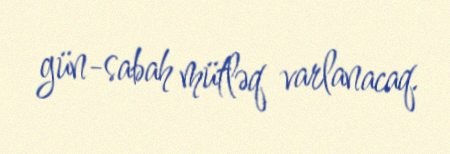
gün-sabah mütləq varlanacaq.